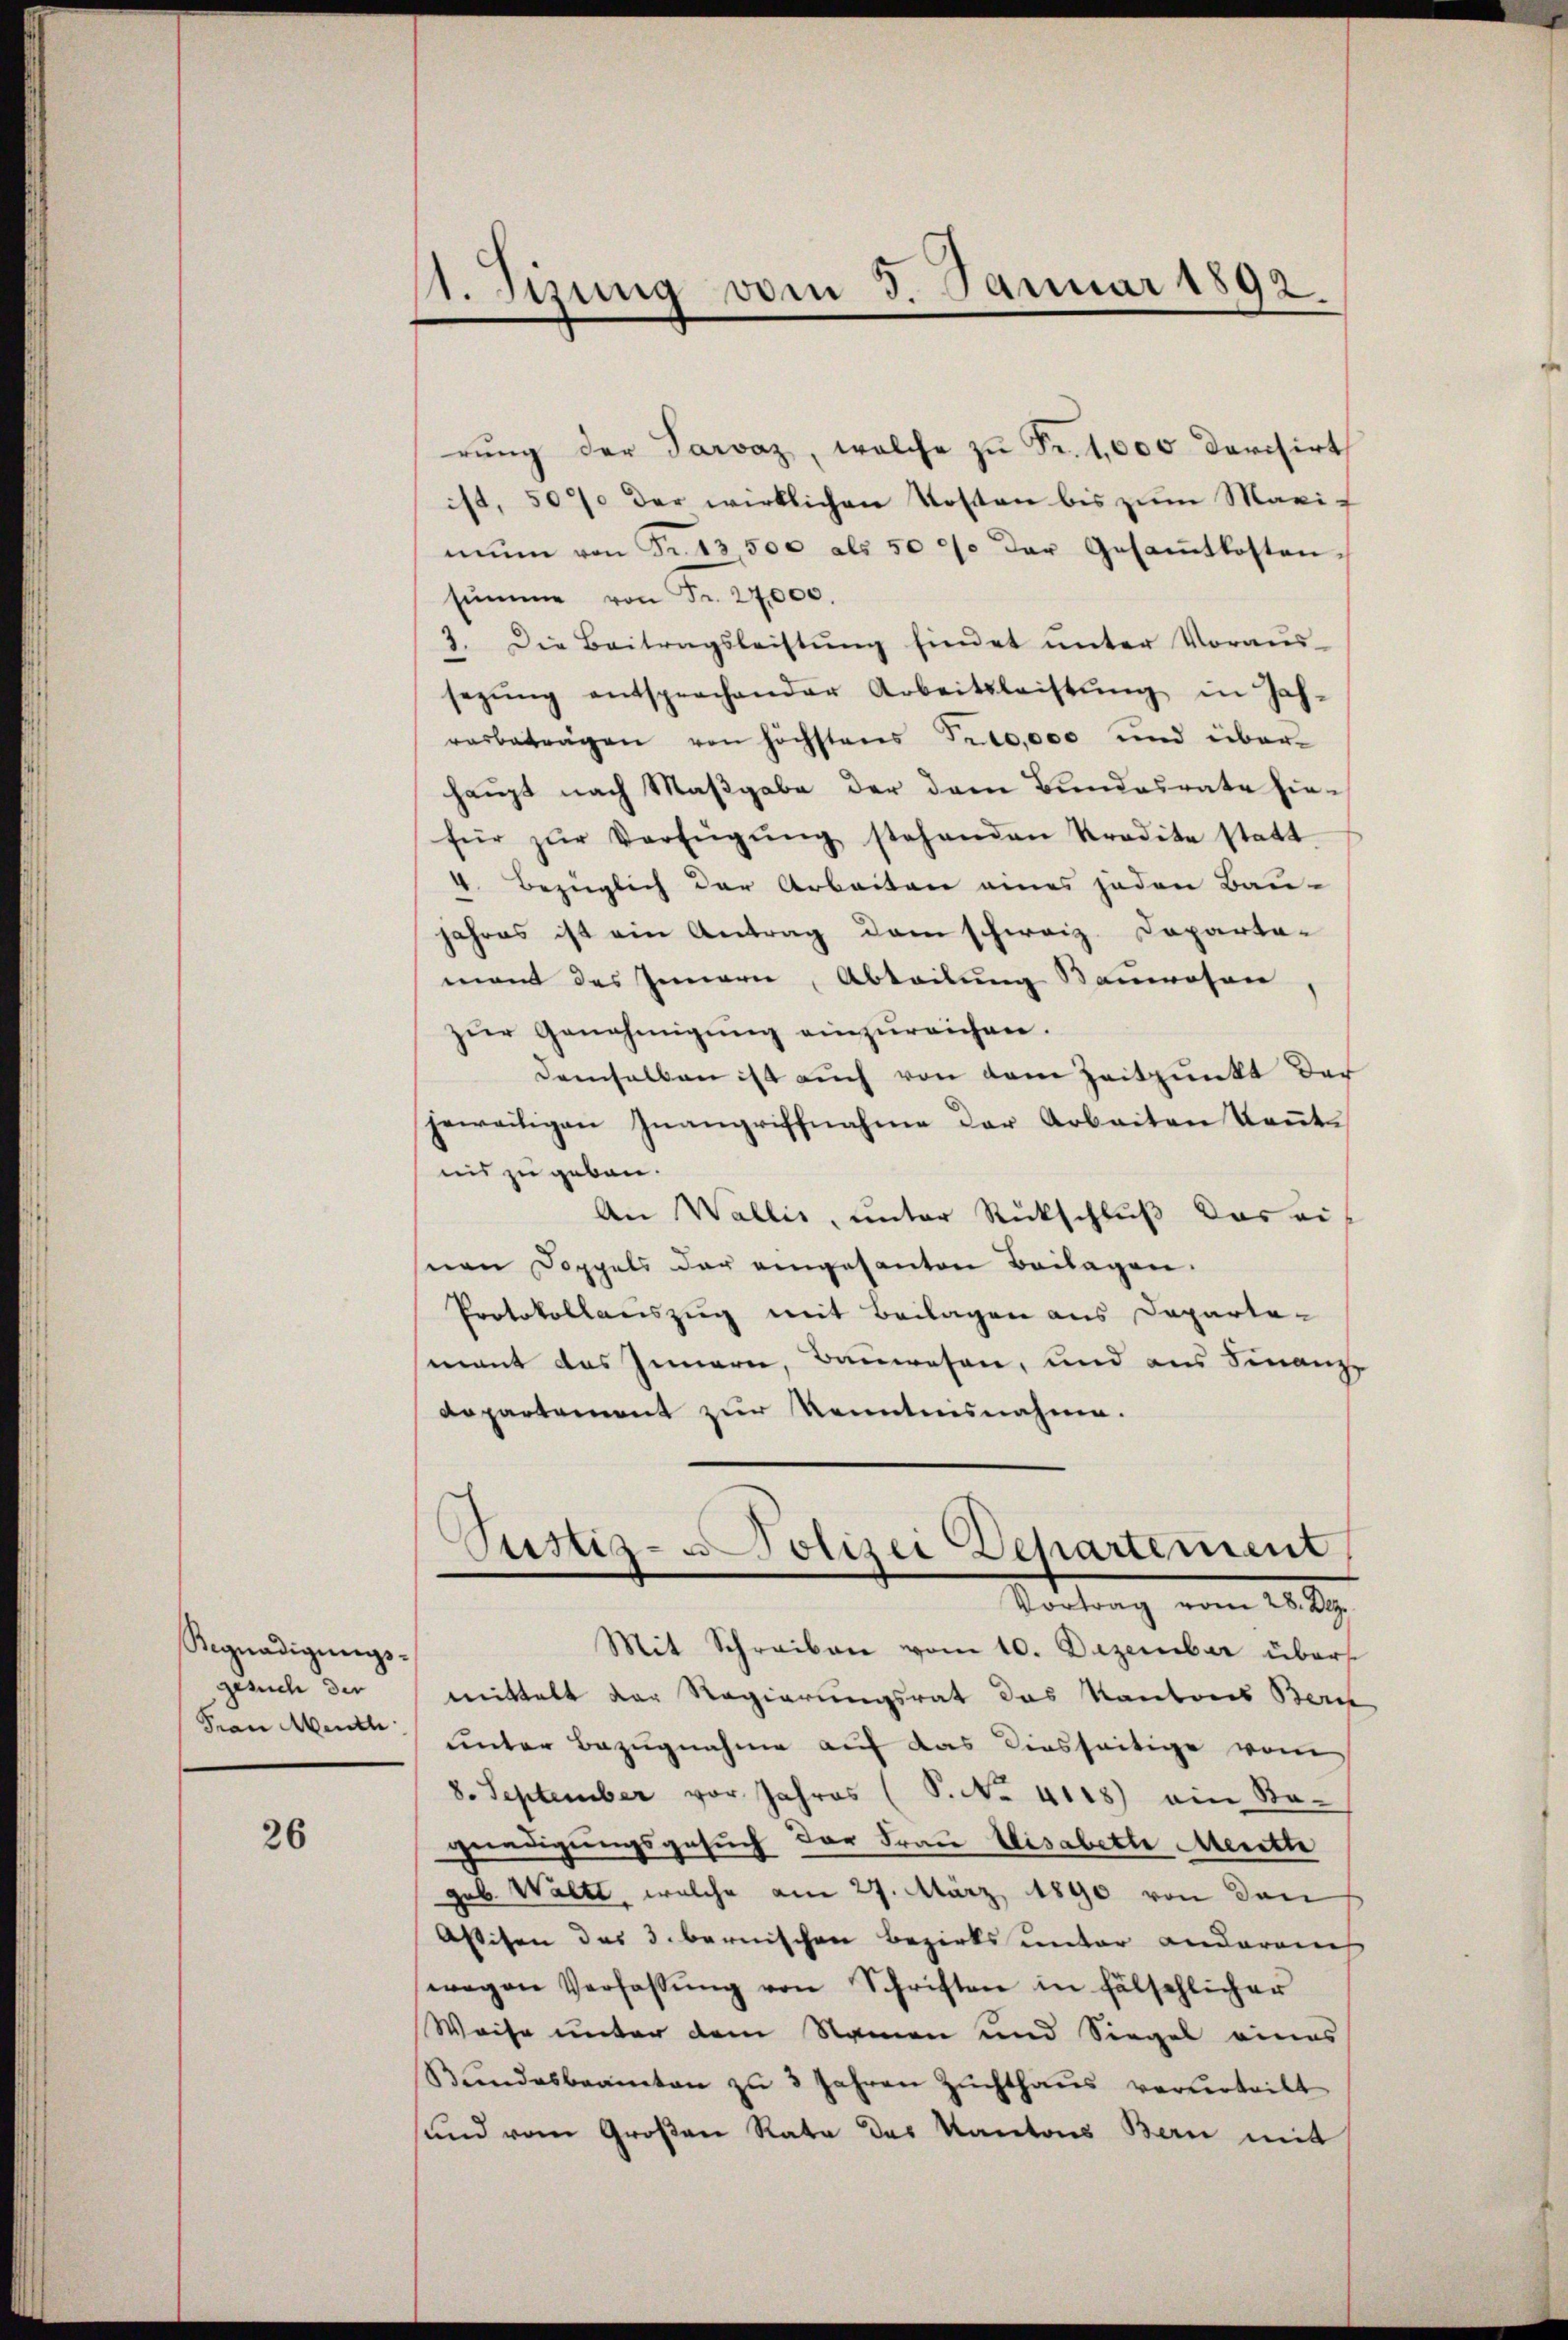
Segnadigŭngs-
gesuch der
Frau Menth

26

1. Jung vom 3. Januar 1892.

rŭng der Parvaz, welche zŭ Fr. 1,000 darisirt
ist, 507 der wirklichen Kosten bis zum Maximŭn von Fr. 13500 als 5000 der Gesamtkosten-
sŭmme von Fr. 27000.
2. Die Beitragsleistŭng findet ŭnter Voraus-
sezŭng entsprochender Arbeitsleistŭng in Jah-
verbetragen von höchstens Tro,000 und überhaupt nach Maβgabe der dem Bundesrate hiefür zŭr Verfügŭng stehenden Kredite statt-
4. Bezüglich der Arbeiten eines jeden Bau-
jahres ist ein Antrag dem schweiz. Koparta-
mant des Innern, Abteilung Bauwesen
zur Genehmigung einzureichen.
demselben ist auch von dem Zeitpunkt der
jeweitigen Inangriffnahme der Arbeiten Keṅt-
nis zu geben.
An Wallis, unter Rückschluß das einen Doppels der eingesanten Beilagen.
Protokollauszug mit Beilagen aus Departe-
mant das Innern, Bauwesen, und aus Finanze
departement zur Kenntnisnahme.
Justiz- u Polizei Departement
Vortrag vom 28. Dez.
Mit Schreiben vom 10. Dezember über
mittelt der Regierungsrat das Kantons Bern
unter Bezugnahme auf das diesseitige vom
8. September vor Jahres (S. No. 4118) ein Ba-
gnadigungsgesuch der Frau Elisabethe Meritte
geb. Walte, welche am 27. März 1890 von den
Assisen des 3. bernischen Bezirks unter anderench
wegen Verfassŭng von Schriften in fälschlicher
Weise unter dem Namen und Siegel eines
Bŭndesbeamten zŭ 3 Jahren Zuchthaŭs verurteilt
sund vom Großen Rata des Kantons Bern mit